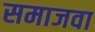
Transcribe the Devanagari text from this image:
समाजवा